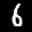
Label: 6